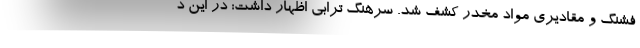
فشنگ و مقادیری مواد مخدر کشف شد. سرهنگ ترابی اظهار داشت: در این د